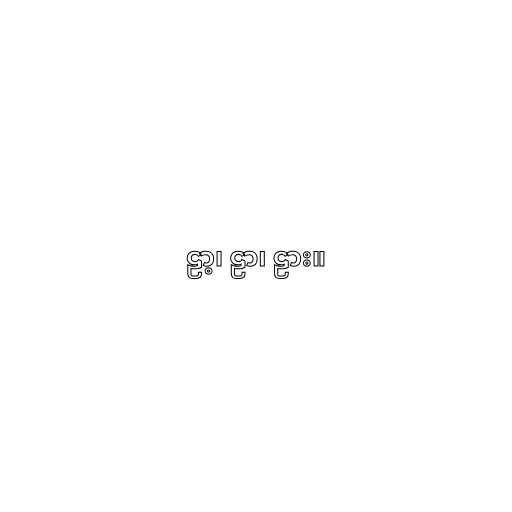
ဠာ့၊ ဠာ၊ ဠား။